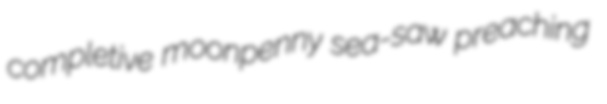
completive moonpenny sea-saw preaching